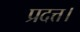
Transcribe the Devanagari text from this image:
प्रदत्त।